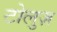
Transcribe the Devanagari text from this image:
टोलुज़